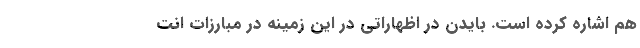
هم اشاره ‌کرده است. بایدن در اظهاراتی در این زمینه در مبارزات انت